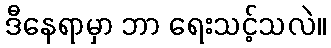
ဒီနေရာမှာ ဘာ ရေးသင့်သလဲ။